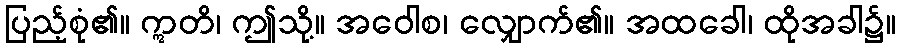
ပြည့်စုံ၏။ ဣတိ၊ ဤသို့။ အဝေါစ၊ လျှောက်၏။ အထခေါ၊ ထိုအခါ၌။